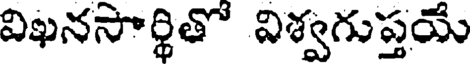
విఖనసార్థితో విశ్వగుప్తయే